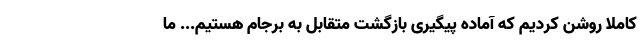
کاملا روشن کردیم که آماده پیگیری بازگشت متقابل به برجام هستیم... ما